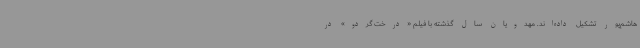
هاشم‌پور تشکیل داده‌اند. مهدویان سال گذشته با فیلم «درخت گردو» در